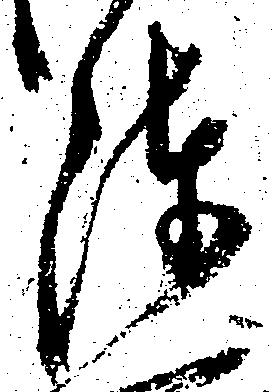
陣